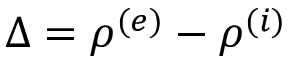
\Delta = \rho ^ { ( e ) } - \rho ^ { ( i ) }